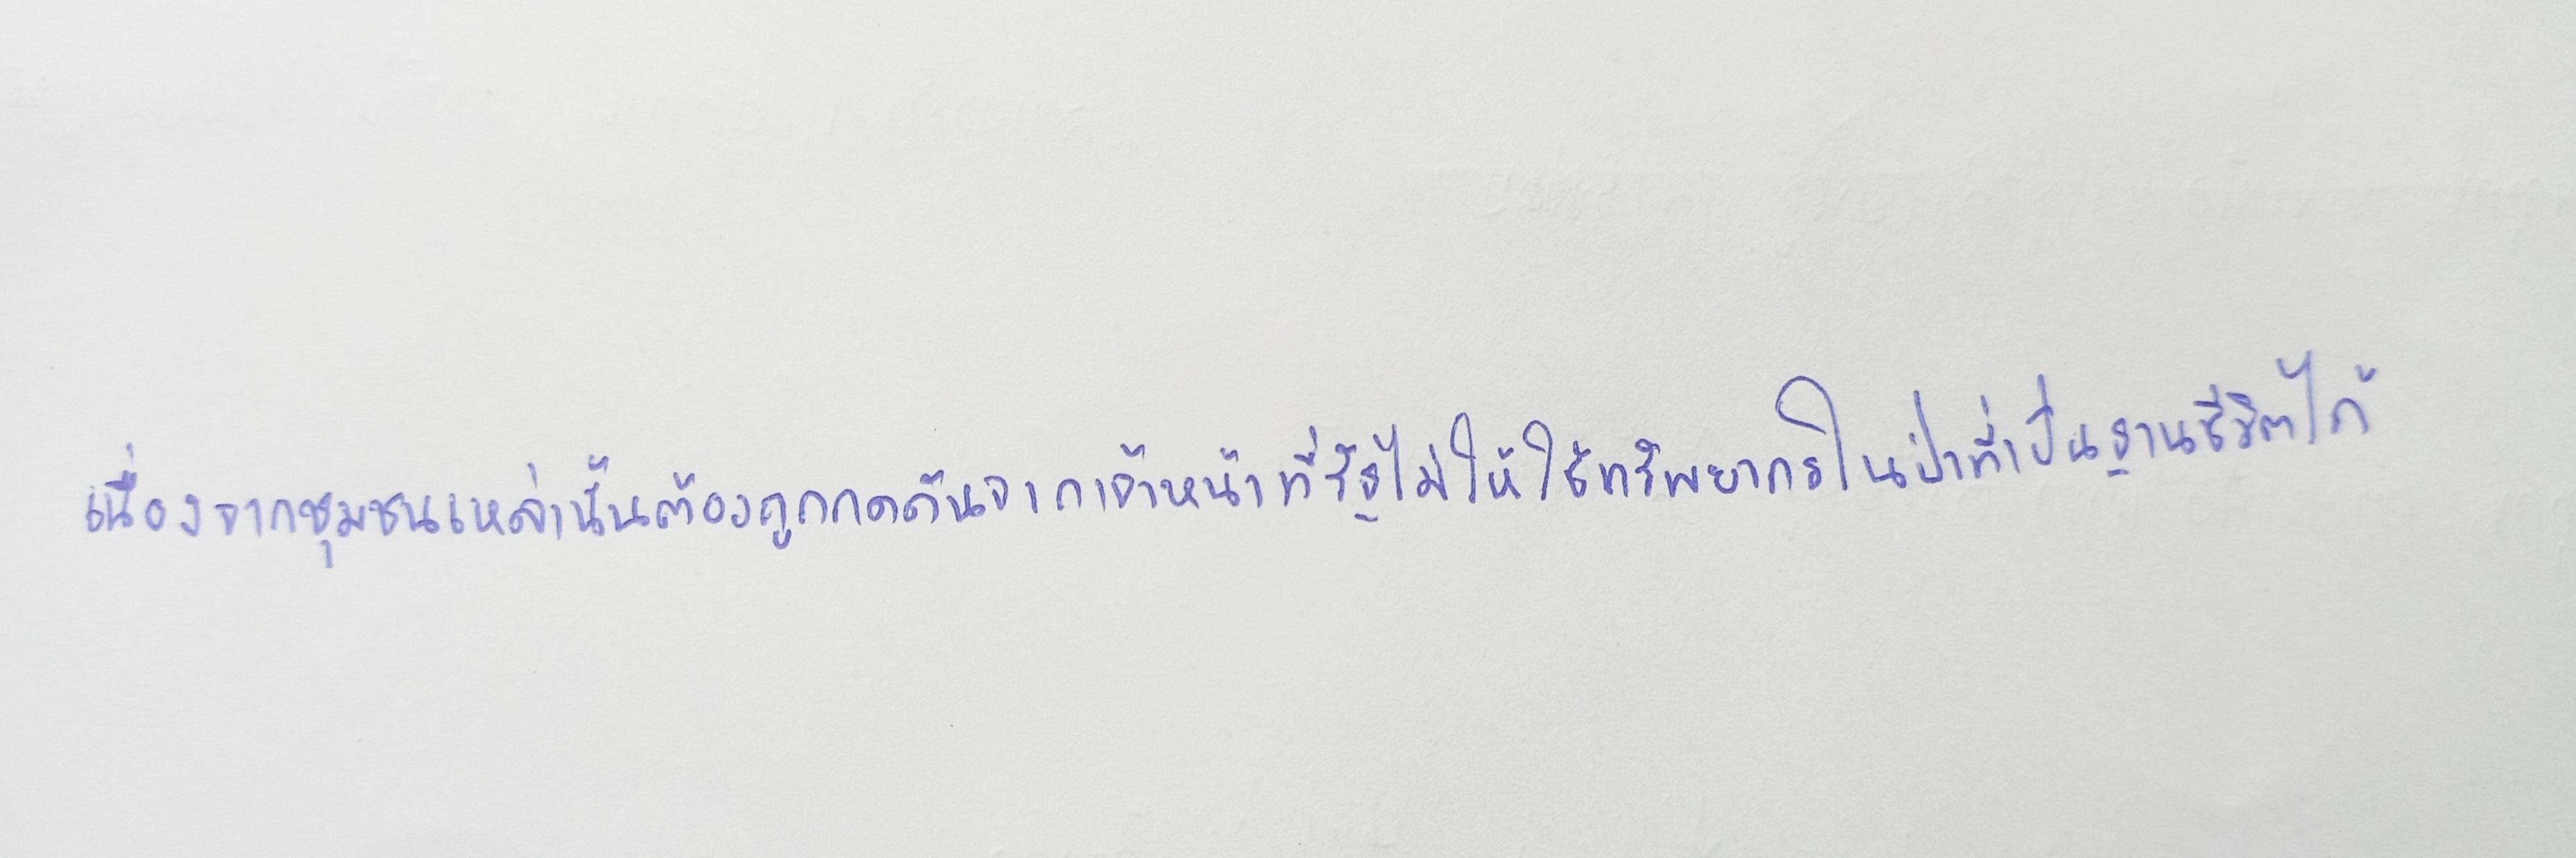
เนื่องจากชุมชนเหล่านั้นต้องถูกกดดันจากเจ้าหน้าที่รัฐไม่ให้ใช้ทรัพยากรในป่าที่เป็นฐานชีวิตได้